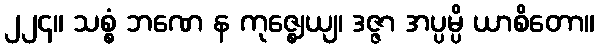
၂၂၄။ သစ္စံ ဘဏေ န ကုဇ္ဈေယျ၊ ဒဇ္ဇာ အပ္ပမ္ပိ ယာစိတော။